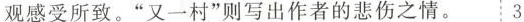
观感受所致。”又一村”则写出作者的悲伤之情。